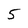
Character: 5